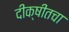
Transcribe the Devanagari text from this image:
दीक्षीतचा